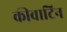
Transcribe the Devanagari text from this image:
कीवाटिन